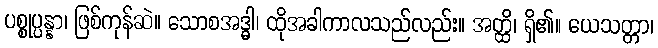
ပစ္စုပ္ပန္နာ၊ ဖြစ်ကုန်ဆဲ။ သောစအဒ္ဓါ၊ ထိုအခါကာလသည်လည်း။ အတ္ထိ၊ ရှိ၏။ ယေသတ္တာ၊